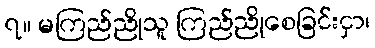
၇။ မကြည်ညိုသူ ကြည်ညိုစေခြင်းငှာ၊